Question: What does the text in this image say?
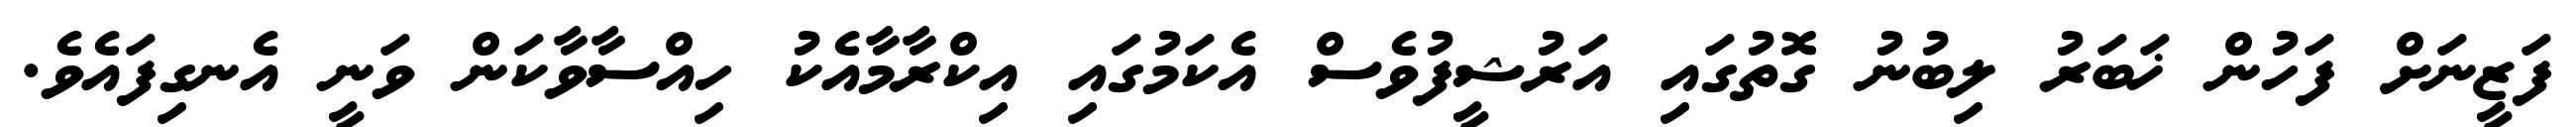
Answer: ފަޒީނަށް ފަހުން ޚަބަރު ލިބުނު ގޮތުގައި އަރުޝީފުވެސް އެކަމުގައި އިކްރާމާއެކު ހިއްސާވާކަން ވަނީ އެނގިފައެވެ.